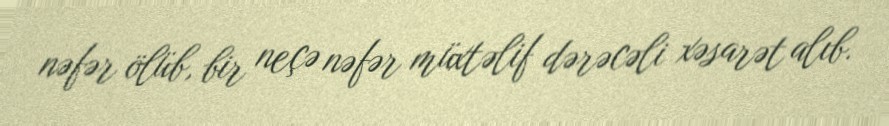
nəfər ölüb, bir neçə nəfər müxtəlif dərəcəli xəsarət alıb.